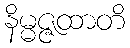
နိမ္မဇ္ဇထာတိ